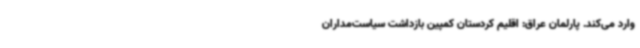
وارد می‌کند. پارلمان عراق: اقلیم کردستان کمپین بازداشت سیاست‌مداران